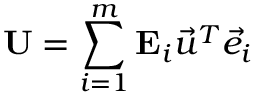
\mathbf { U } = \sum _ { i = 1 } ^ { m } \mathbf { E } _ { i } \vec { u } ^ { T } \vec { e } _ { i }